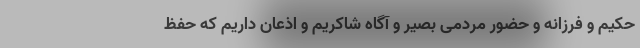
حکیم و فرزانه و حضور مردمی بصیر و آگاه شاکریم و اذعان داریم که حفظ